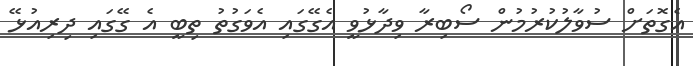
އެގޮތަށް ސުވާލުކުރުމުން ސޯބިރާ ވިދާޅުވީ އެގޭގައި އެވަގުތު ތިބީ އެ ގޭގައި ދިރިއުޅޭ